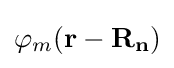
\varphi _{m}(\mathbf {r-R_{n}} )